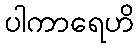
ပါကာရေဟိ